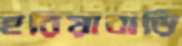
হরিয়াবাড়ি